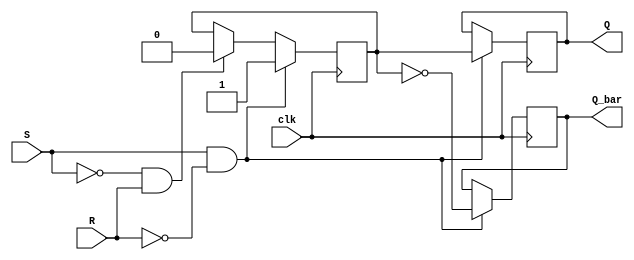
module Gated_SR_FF (
    input wire clk,
    input wire S,
    input wire R,
    output reg Q,
    output reg Q_bar
);

reg Q_temp;

always @ (posedge clk) begin
    if (S && !R) begin
        Q_temp <= 1;
    end else if (!S && R) begin
        Q_temp <= 0;
    end
end

always @ (posedge clk) begin
    if (S && !R) begin
        Q <= Q_temp;
        Q_bar <= ~Q_temp;
    end
end

endmodule